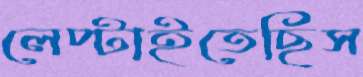
লেপ্‌টাইতেছিস